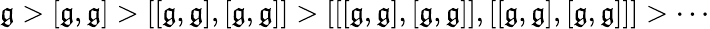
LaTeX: {\mathfrak{g}}>[{\mathfrak{g}},{\mathfrak{g}}]>[[{\mathfrak{g}},{\mathfrak{g}}],[{\mathfrak{g}},{\mathfrak{g}}]]>[[[{\mathfrak{g}},{\mathfrak{g}}],[{\mathfrak{g}},{\mathfrak{g}}]],[[{\mathfrak{g}},{\mathfrak{g}}],[{\mathfrak{g}},{\mathfrak{g}}]]]>\cdots